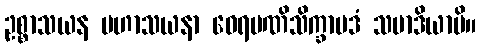
ဥစ္စာသယန မဟာသယနာ ဝေရမဏိသိက္ခာပဒံ သမာဒိယာမိ။